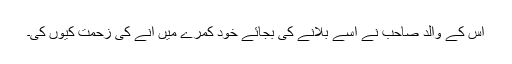
اس کے والد صاحب نے اسے بلانے کی بجائے خود کمرے میں آنے کی زحمت کیوں کی۔